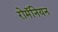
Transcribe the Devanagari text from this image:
रोमॅनियन